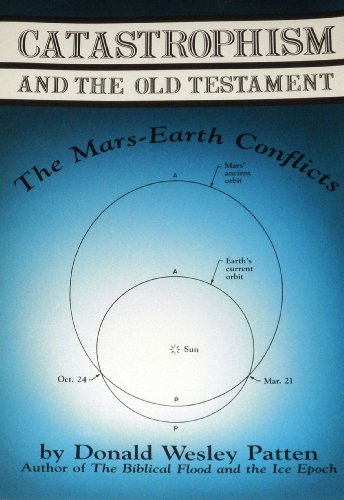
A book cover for Catastrophism and the Old Testament: The Mars- Earth conflicts; Donald W Patten; Science & Math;